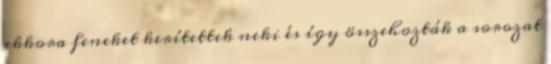
ekkora feneket kerítettek neki és így összehozták a sorozat